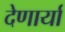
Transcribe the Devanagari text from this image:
देणार्यां